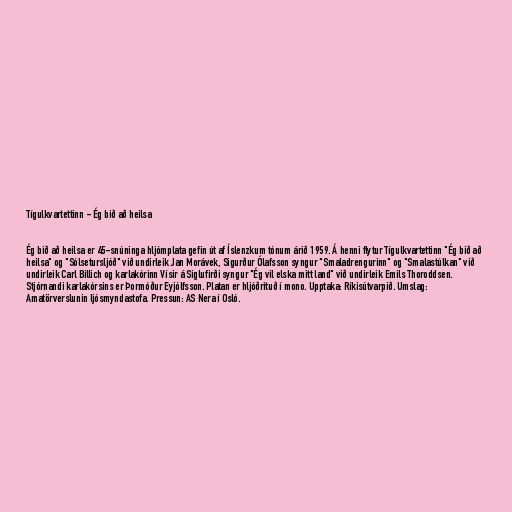
Tígulkvartettinn - Ég bið að heilsa

Ég bið að heilsa er 45-snúninga hljómplata gefin út af Íslenzkum tónum árið 1959. Á henni flytur Tígulkvartettinn "Ég bið að
heilsa" og "Sólsetursljóð" við undirleik Jan Morávek, Sigurður Ólafsson syngur "Smaladrengurinn" og "Smalastúlkan" við
undirleik Carl Billich og karlakórinn Vísir á Siglufirði syngur "Ég vil elska mitt land" við undirleik Emils Thoroddsen.
Stjórnandi karlakórsins er Þormóður Eyjólfsson. Platan er hljóðrituð í mono. Upptaka: Ríkisútvarpið. Umslag:
Amatörverslunin ljósmyndastofa. Pressun: AS Nera í Osló.